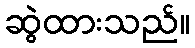
ဆွဲထားသည်။